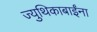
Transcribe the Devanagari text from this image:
ज्युथिकाबाईंना